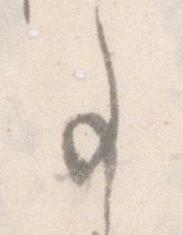
事